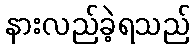
နားလည်ခဲ့ရသည်